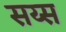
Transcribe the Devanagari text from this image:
सय्स